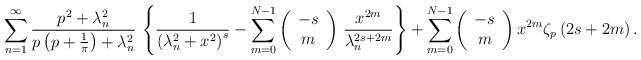
LaTeX: \begin{align*}\sum_{n=1}^{\infty}\frac{p^{2}+\lambda_{n}^{2}}{p\left(p+\frac{1}{\pi}\right)+\lambda_{n}^{2}}\,\left\{ \frac{1}{\left(\lambda_{n}^{2}+x^{2}\right)^{s}}-\sum_{m=0}^{N-1}\left(\begin{array}{c}-s\\m\end{array}\right)\,\frac{x^{2m}}{\lambda_{n}^{2s+2m}}\right\} +\sum_{m=0}^{N-1}\left(\begin{array}{c}-s\\m\end{array}\right)x^{2m}\zeta_{p}\left(2s+2m\right).\end{align*}